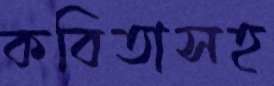
কবিতাসহ